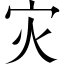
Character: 灾